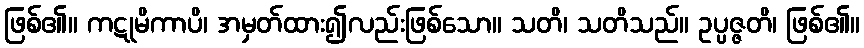
ဖြစ်၏။ ကဋုမိကာပိ၊ အမှတ်ထား၍လည်းဖြစ်သော။ သတိ၊ သတိသည်။ ဥပ္ပဇ္ဇတိ၊ ဖြစ်၏။